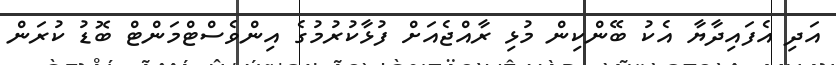
އަދި އެފައިދާޔާ އެކު ބޭންކިން މުޅި ރާއްޖެއަށް ފުޅާކުރުމުގެ އިންވެސްޓްމަންޓް ބޮޑު ކުރަން